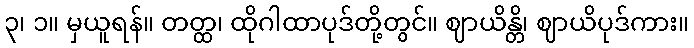
၃၊ ၁။ မှယူရန်။ တတ္ထ၊ ထိုဂါထာပုဒ်တို့တွင်။ ဈာယိန္တိ၊ ဈာယိပုဒ်ကား။